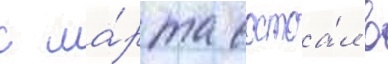
с ма́рта состоа́л в